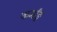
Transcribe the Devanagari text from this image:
कर्मांङ्र